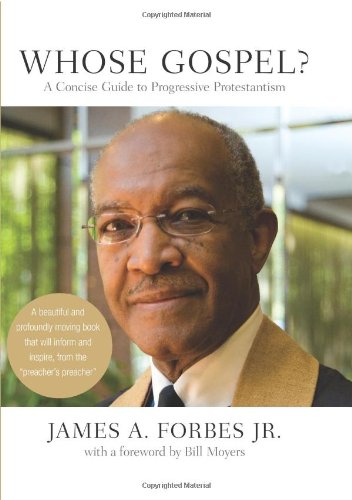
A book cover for Whose Gospel?: A Concise Guide to Progressive Protestantism (Whose Religion?); James Forbes; Christian Books & Bibles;